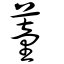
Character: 蕫